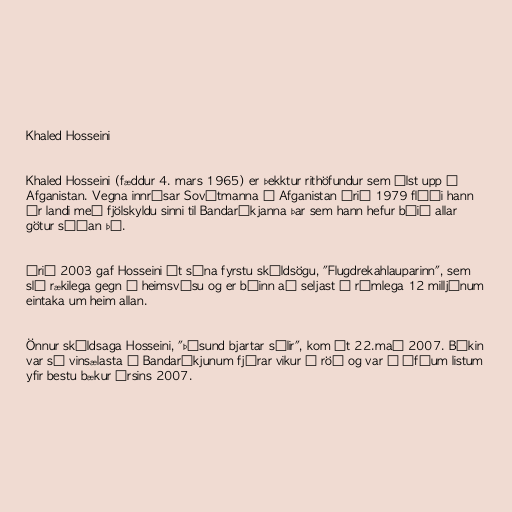
Khaled Hosseini

Khaled Hosseini (fæddur 4. mars 1965) er þekktur rithöfundur sem ólst upp í
Afganistan. Vegna innrásar Sovétmanna í Afganistan árið 1979 flúði hann
úr landi með fjölskyldu sinni til Bandaríkjanna þar sem hann hefur búið allar
götur síðan þá.

Árið 2003 gaf Hosseini út sína fyrstu skáldsögu, "Flugdrekahlauparinn", sem
sló rækilega gegn á heimsvísu og er búinn að seljast í rúmlega 12 milljónum
eintaka um heim allan.

Önnur skáldsaga Hosseini, "Þúsund bjartar sólir", kom út 22.maí 2007. Bókin
var sú vinsælasta í Bandaríkjunum fjórar vikur í röð og var á ófáum listum
yfir bestu bækur ársins 2007.